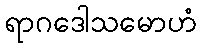
ရာဂဒေါသမောဟံ